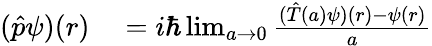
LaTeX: \begin{array}{rl}{({\hat{p}}\psi)(r)}&{{}=i\hbar\operatorname*{lim}_{a\rightarrow 0}{\frac{({\hat{T}}(a)\psi)(r)-\psi(r)}{a}}}\end{array}